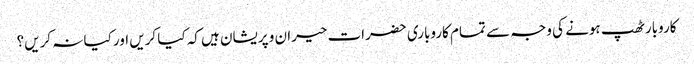
کاروبار ٹھپ ہونے کی وجہ سے تمام کاروباری حضرات حیران و پریشان ہیں کہ کیا کریں اور کیا نہ کریں؟